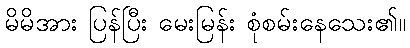
မိမိအား ပြန်ပြီး မေးမြန်း စုံစမ်းနေသေး၏။